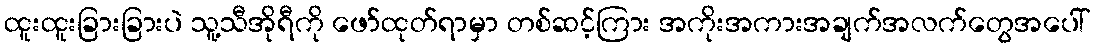
ထူးထူးခြားခြားပဲ သူ့သီအိုရီကို ဖော်ထုတ်ရာမှာ တစ်ဆင့်ကြား အကိုးအကားအချက်အလက်တွေအပေါ်